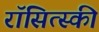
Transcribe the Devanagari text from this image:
रॉसित्स्की